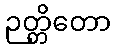
ဉတ္တိတော